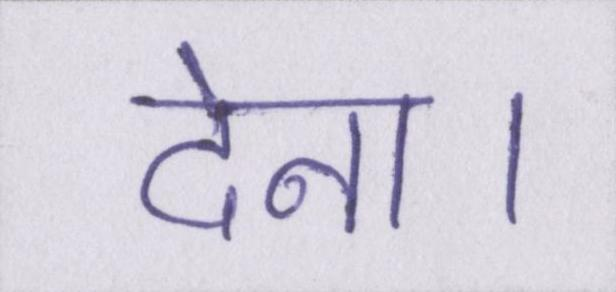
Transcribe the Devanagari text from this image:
देना।